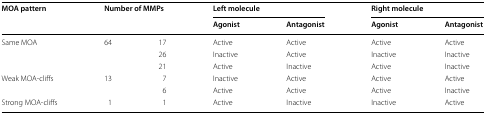
<table><thead><tr><td rowspan="2"><b>MOA pattern</b></td><td colspan="2" rowspan="2"><b>Number of MMPs</b></td><td colspan="2"><b>Left molecule</b></td><td colspan="2"><b>Right molecule</b></td></tr><tr><td><b>Agonist</b></td><td><b>Antagonist</b></td><td><b>Agonist</b></td><td><b>Antagonist</b></td></tr></thead><tbody><tr><td rowspan="3">Same MOA</td><td rowspan="3">64</td><td>17</td><td>Active</td><td>Active</td><td>Active</td><td>Active</td></tr><tr><td>26</td><td>Inactive</td><td>Active</td><td>Inactive</td><td>Inactive</td></tr><tr><td>21</td><td>Active</td><td>Inactive</td><td>Active</td><td>Inactive</td></tr><tr><td rowspan="2">Weak MOA-cliffs</td><td rowspan="2">13</td><td>7</td><td>Inactive</td><td>Active</td><td>Active</td><td>Active</td></tr><tr><td>6</td><td>Active</td><td>Active</td><td>Active</td><td>Inactive</td></tr><tr><td>Strong MOA-cliffs</td><td>1</td><td>1</td><td>Active</td><td>Inactive</td><td>Inactive</td><td>Active</td></tr></tbody></table>